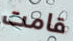
قامت